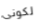
لكونى